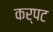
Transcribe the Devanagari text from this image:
कर्पट